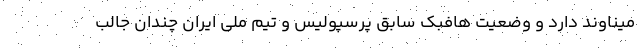
میناوند دارد و وضعیت هافبک سابق پرسپولیس و تیم ملی ایران چندان جالب